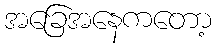
အခြေအနေကတော့